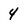
Character: 4